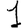
Digit: 1